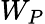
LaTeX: W_{P}